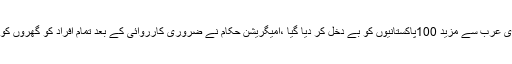
25 مئی2018ء) سعودی عرب سے مزید 100پاکستانیوں کو بے دخل کر دیا گیا ،امیگریشن حکام نے ضروری کارروائی کے بعد تمام افراد کو گھروں کو جانے کی اجازت دیدی۔